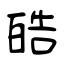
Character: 皓